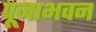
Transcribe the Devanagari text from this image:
पूजाभवन